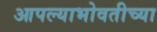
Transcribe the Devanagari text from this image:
आपल्याभोवतीच्या